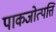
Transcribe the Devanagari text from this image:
पाकजोत्पत्ति